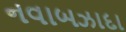
નવાબઝાદા